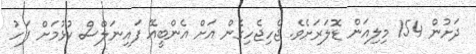
ދަށުން 154 މިލިއަން ޑޮލަރަށެވެ. ޖެހިޖެހިގެން އަށް އެންބީއޭ ފައިނަލްސް ކުޅުމަށް ފަހު